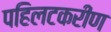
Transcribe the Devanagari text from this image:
पहिलटकरीण